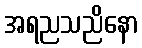
အရညသညိနော